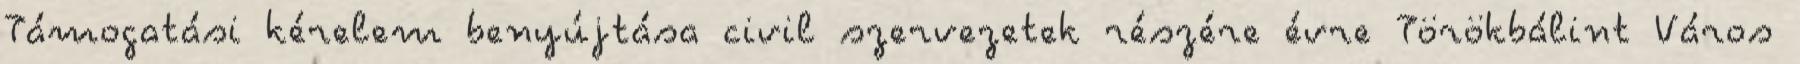
Támogatási kérelem benyújtása civil szervezetek részére évre Törökbálint Város